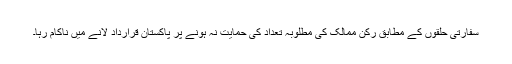
سفارتی حلقوں کے مطابق رکن ممالک کی مطلوبہ تعداد کی حمایت نہ ہونے پر پاکستان قرارداد لانے میں ناکام رہا۔